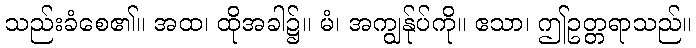
သည်းခံစေ၏။ အထ၊ ထိုအခါ၌။ မံ၊ အကျွန်ုပ်ကို။ ဧသာ၊ ဤဥတ္တရာသည်။